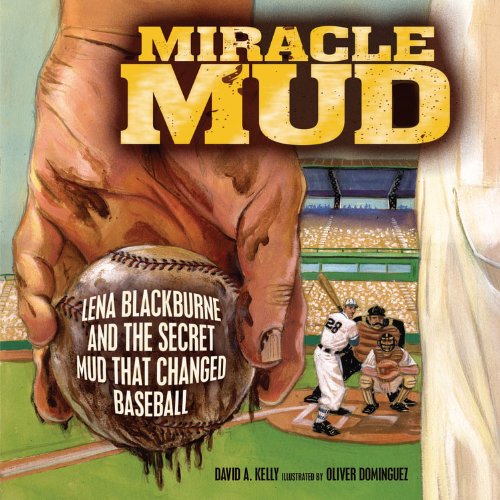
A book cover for Miracle Mud: Lena Blackburne and the Secret Mud That Changed Baseball; David A. Kelly; Children's Books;